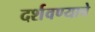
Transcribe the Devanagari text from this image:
दर्शवण्याचे